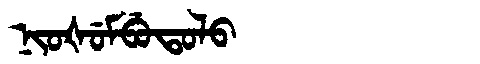
Manchu: ᠨᡳᠣᡧᡠᠮᠪᡠᡨᠣᠯᠣ
Romanization: NIOŠUMBUTOLO